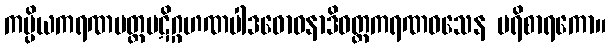
ကပ္ပိယကရဏပတ္တပဋိဂ္ဂဟဏပါဒဓောဝနာဒိဝတ္တကရဏဝသေန ပရိစာရကော။